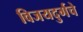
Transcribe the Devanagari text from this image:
विजयदुर्गचे